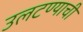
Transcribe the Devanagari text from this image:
उलटण्याची